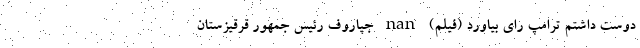
دوست داشتم ترامپ رای بیاورد (فیلم) nan جپاروف رئیس جمهور قرقیزستان